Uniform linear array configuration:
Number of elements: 8
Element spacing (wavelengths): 0.25
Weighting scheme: exponential
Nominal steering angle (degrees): -30
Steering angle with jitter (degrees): -31.181
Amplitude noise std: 0.05
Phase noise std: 0.05

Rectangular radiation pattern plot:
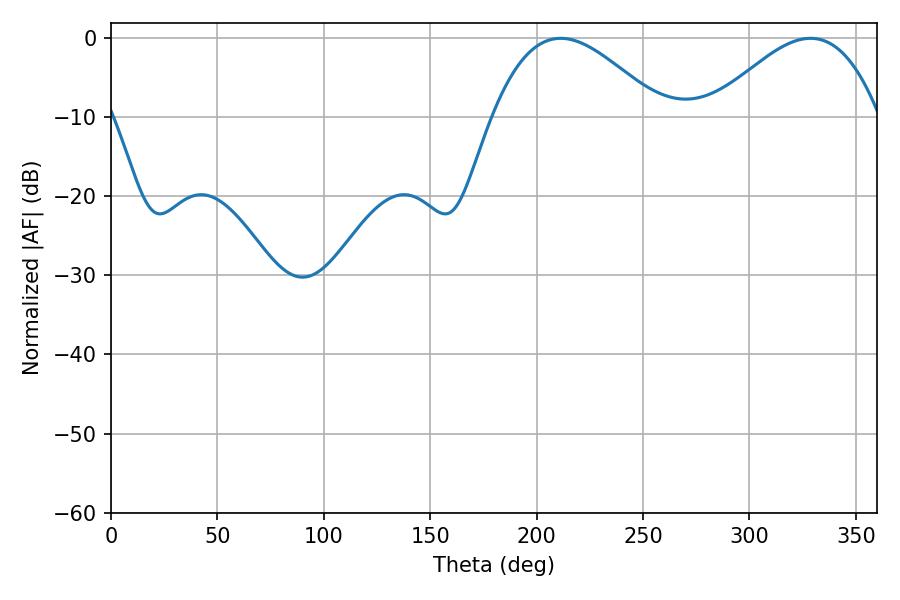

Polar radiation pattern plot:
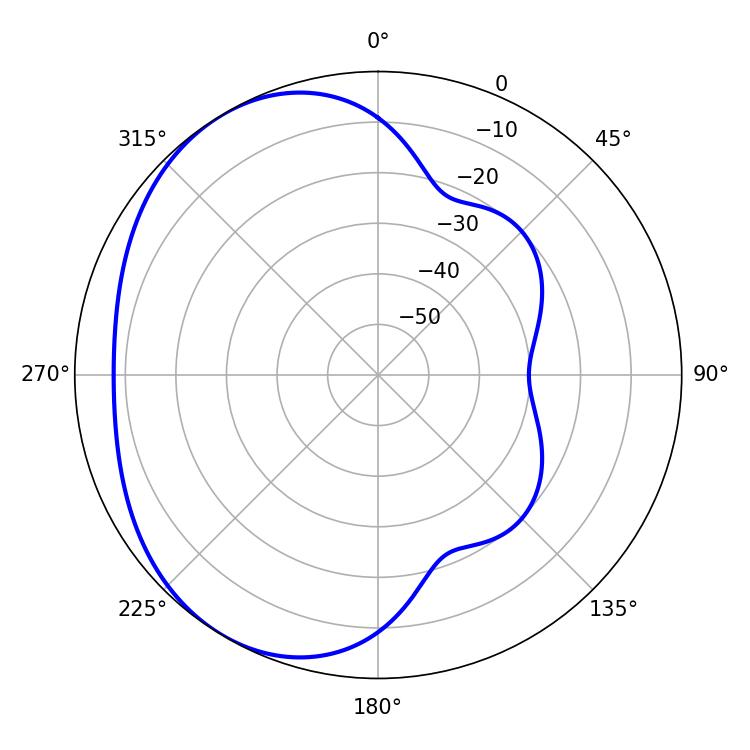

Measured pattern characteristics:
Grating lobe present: FALSE
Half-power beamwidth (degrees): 42.84
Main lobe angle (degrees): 211.32